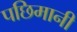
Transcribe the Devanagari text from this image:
पछिमानी